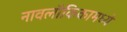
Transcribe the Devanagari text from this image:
नावलौकिकामध्ये